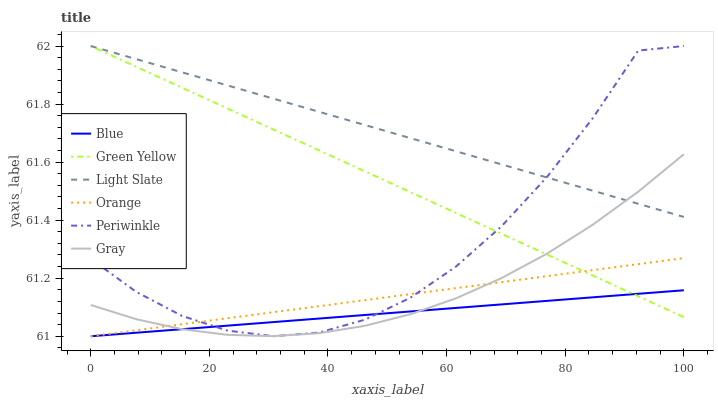
| xaxis_label | Blue | Green Yellow | Light Slate | Orange | Periwinkle | Gray |
 | --- | --- | --- | --- | --- | --- | --- |
 | 0 | 61 | 62 | 62 | 61 | 61.3 | 61.1 |
 | 7.69 | 61 | 61.9 | 62 | 61 | 61.2 | 61.1 |
 | 15.4 | 61 | 61.9 | 61.9 | 61 | 61.1 | 61 |
 | 23.1 | 61 | 61.8 | 61.9 | 61.1 | 61 | 61 |
 | 30.8 | 61 | 61.7 | 61.8 | 61.1 | 61 | 61 |
 | 38.5 | 61.1 | 61.6 | 61.8 | 61.1 | 61 | 61 |
 | 46.2 | 61.1 | 61.6 | 61.7 | 61.1 | 61.1 | 61 |
 | 53.8 | 61.1 | 61.5 | 61.7 | 61.1 | 61.1 | 61.1 |
 | 61.5 | 61.1 | 61.4 | 61.6 | 61.2 | 61.2 | 61.1 |
 | 69.2 | 61.1 | 61.4 | 61.6 | 61.2 | 61.4 | 61.2 |
 | 76.9 | 61.1 | 61.3 | 61.5 | 61.2 | 61.5 | 61.3 |
 | 84.6 | 61.1 | 61.2 | 61.5 | 61.2 | 61.8 | 61.4 |
 | 92.3 | 61.1 | 61.1 | 61.5 | 61.2 | 62 | 61.5 |
 | 100 | 61.2 | 61.1 | 61.4 | 61.3 | 62 | 61.6 |